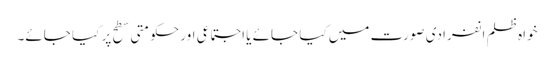
خواہ ظلم انفرادی صورت میں کیا جائے یا اجتماعی اور حکومتی سطح پر کیا جائے۔